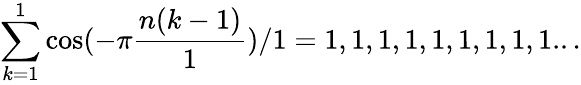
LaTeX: \sum_{k=1}^{1}\cos(-\pi{\frac{n(k-1)}{1}})/1=1,1,1,1,1,1,1,1,1...